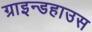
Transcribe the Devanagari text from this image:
ग्राइन्डहाउस